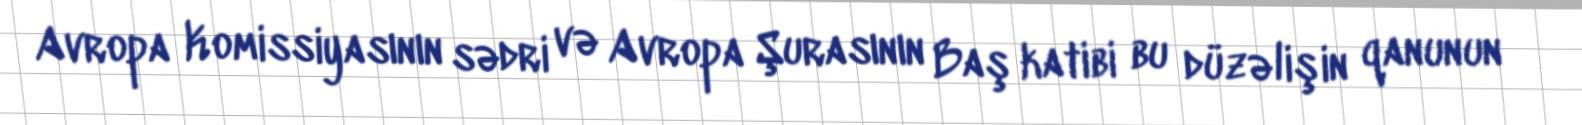
Avropa Komissiyasının sədri və Avropa Şurasının Baş katibi bu düzəlişin qanunun